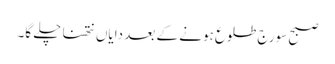
صبح سورج طلوع ہونے کے بعد دایاں نتھنا چلے گا۔